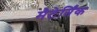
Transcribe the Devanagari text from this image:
मैटेर्निंक